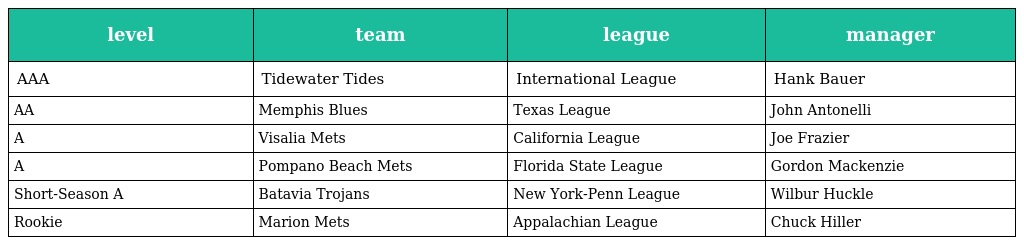
| level | team | league | manager |
 | --- | --- | --- | --- |
 | AAA | Tidewater Tides | International League | Hank Bauer |
 | AA | Memphis Blues | Texas League | John Antonelli |
 | A | Visalia Mets | California League | Joe Frazier |
 | A | Pompano Beach Mets | Florida State League | Gordon Mackenzie |
 | Short-Season A | Batavia Trojans | New York-Penn League | Wilbur Huckle |
 | Rookie | Marion Mets | Appalachian League | Chuck Hiller |